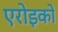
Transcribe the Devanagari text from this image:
एरोइको